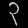
Digit: ၃